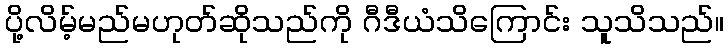
ပို့လိမ့်မည်မဟုတ်ဆိုသည်ကို ဂီဒီယံသိကြောင်း သူသိသည်။